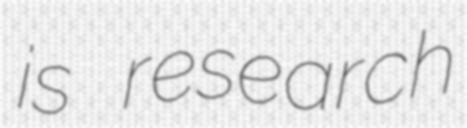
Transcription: is research